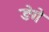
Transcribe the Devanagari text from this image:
डेगे